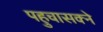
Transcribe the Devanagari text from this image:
पहुचासक्ने